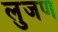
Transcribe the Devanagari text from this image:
लुजण